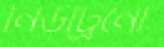
নিউট্রিনো